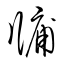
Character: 牖